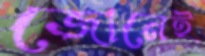
জোনেই